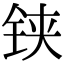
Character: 铗